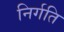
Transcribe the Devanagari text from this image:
निर्गति